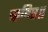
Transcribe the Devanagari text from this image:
चाहिए॥